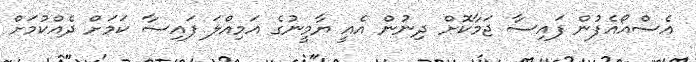
އެސްއޯއެފުން ފައިސާ ޖަމާކޮށް ދިނުން އެއީ ޔާމީނުގެ އަމިއްލަ ފައިސާ ކަމަށް ދެއްކުމަށް